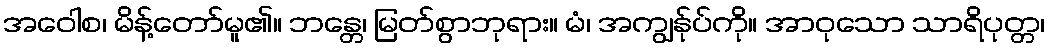
အဝေါစ၊ မိန့်တော်မူ၏။ ဘန္တေ၊ မြတ်စွာဘုရား။ မံ၊ အကျွန်ုပ်ကို။ အာဝုသော သာရိပုတ္တ၊